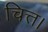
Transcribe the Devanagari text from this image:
चित्त।